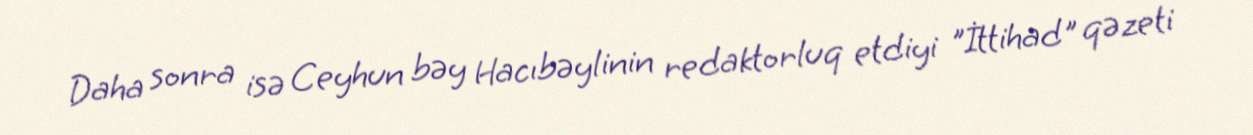
Daha sonra isə Ceyhun bəy Hacıbəylinin redaktorluq etdiyi "İttihad" qəzeti